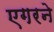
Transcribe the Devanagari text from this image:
एगरने